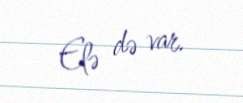
Elə də var.